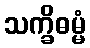
သက္ခိဓမ္မံ